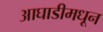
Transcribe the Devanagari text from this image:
आघाडीमधून